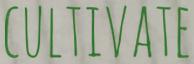
CULTIVATE